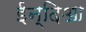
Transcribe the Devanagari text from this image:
ईन्दिआ